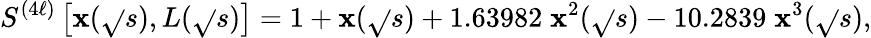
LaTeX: S^{(4\ell)}\left[\mathbf{x}(\sqrt{}{{s}}),L(\sqrt{}{{s}})\right]=1+\mathbf{x}(\sqrt{}{{s}})+1.63982\; \mathbf{x}^{2}(\sqrt{}{{s}})-10.2839\; \mathbf{x}^{3}(\sqrt{}{{s}}),